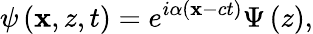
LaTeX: \psi\left(\mathbf{x},z,t\right)=e^{i\alpha\left(\mathbf{x}-ct\right)}\Psi\left(z\right),